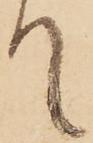
て